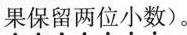
果保留两位小数)。